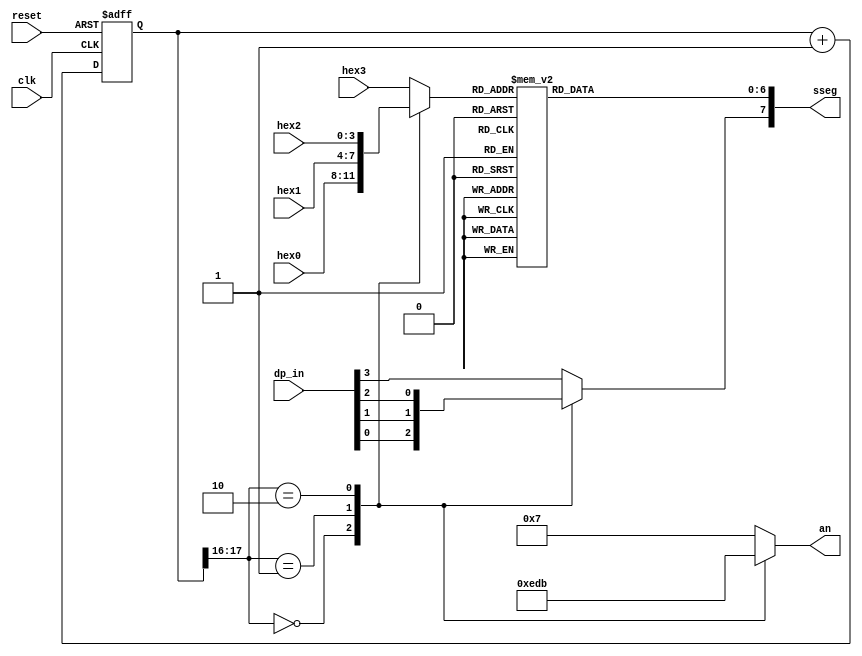
// Listing 4.15
module disp_hex_mux
   (
    input wire clk, reset,
    input wire [3:0] hex3, hex2, hex1, hex0,  // hex digits
    input wire [3:0] dp_in,             // 4 decimal points
    output reg [3:0] an,  // enable 1-out-of-4 asserted low
    output reg [7:0] sseg // led segments
   );

   // constant declaration
   // refreshing rate around 800 Hz (50 MHz/2^16)
   localparam N = 18;
   // internal signal declaration
   reg [N-1:0] q_reg;
   wire [N-1:0] q_next;
   reg [3:0] hex_in;
   reg dp;

   // N-bit counter
   // register
   always @(posedge clk, posedge reset)
      if (reset)
         q_reg <= 0;
      else
         q_reg <= q_next;

   // next-state logic
   assign q_next = q_reg + 1;

   // 2 MSBs of counter to control 4-to-1 multiplexing
   // and to generate active-low enable signal
   always @*
      case (q_reg[N-1:N-2])
         2'b00:
            begin
               an =  4'b1110;
               hex_in = hex0;
               dp = dp_in[0];
            end
         2'b01:
            begin
               an =  4'b1101;
               hex_in = hex1;
               dp = dp_in[1];
            end
         2'b10:
            begin
               an =  4'b1011;
               hex_in = hex2;
               dp = dp_in[2];
            end
         default:
            begin
               an =  4'b0111;
               hex_in = hex3;
               dp = dp_in[3];
            end
       endcase

   // hex to seven-segment led display
   always @*
   begin
      case(hex_in)
         4'h0: sseg[6:0] = 7'b1000000;
         4'h1: sseg[6:0] = 7'b1111001;
         4'h2: sseg[6:0] = 7'b0100100;
         4'h3: sseg[6:0] = 7'b0110000;
         4'h4: sseg[6:0] = 7'b0011001;
         4'h5: sseg[6:0] = 7'b0010010;
         4'h6: sseg[6:0] = 7'b0000010;
         4'h7: sseg[6:0] = 7'b1111000;
         4'h8: sseg[6:0] = 7'b0000000;
         4'h9: sseg[6:0] = 7'b0010000;
         4'ha: sseg[6:0] = 7'b0001000;
         4'hb: sseg[6:0] = 7'b0000011;
         4'hc: sseg[6:0] = 7'b1000110;
         4'hd: sseg[6:0] = 7'b0100001;
         4'he: sseg[6:0] = 7'b0000110;
         default: sseg[6:0] = 7'b0001110;  //4'hf
     endcase
     sseg[7] = dp;
   end

endmodule